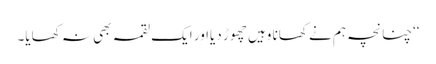
‘‘چنانچہ ہم نے کھانا وہیں چھوڑ دیااور ایک لقمہ بھی نہ کھایا۔